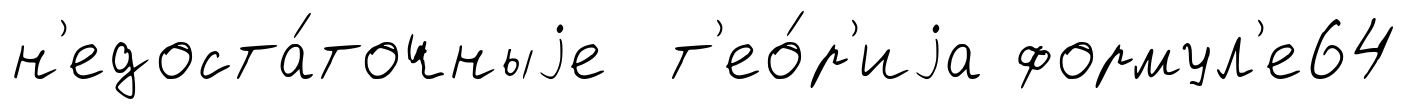
н'едоста́точныjе т'ео́р'иjа формул'е64